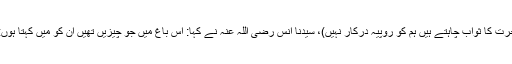
ہم تو اس باغ کی قیمت نہ لیں گے ہم اللہ ہی سے اس کا بدلہ چاہتے ہیں (یعنی آخرت کا ثواب چاہتے ہیں ہم کو روپیہ درکار نہیں)، سیدنا انس رضی اللہ عنہ نے کہا: اس باغ میں جو چیزیں تھیں ان کو میں کہتا ہوں: اس میں کھجور کے درخت تھے اور مشرکوں کی قبریں تھیں اور کھنڈر تھے۔